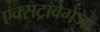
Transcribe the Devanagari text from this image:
एक्सट्रावेगेंजा